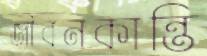
জীবনকান্তি